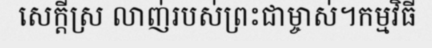
សេក្តីស្រ លាញ់របស់ព្រះជាម្ចាស់។កម្មវិធី